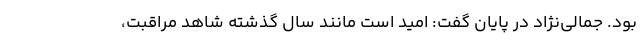
بود. جمالی‌نژاد در پایان گفت: امید است مانند سال گذشته شاهد مراقبت،